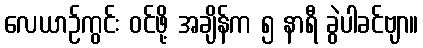
လေယာဉ်ကွင်း ဝင်ဖို့ အချိန်က ၅ နာရီ ခွဲပါခင်ဗျာ။